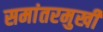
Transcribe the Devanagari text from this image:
समांतरमुखी